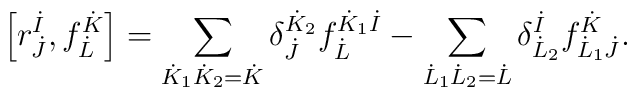
\left[ r^{\dot{I}}_{\dot{J}}, f^{\dot{K}}_{\dot{L}} \right] =    \sum_{\dot{K}_1 \dot{K}_2 = \dot{K}} \delta^{\dot{K}_2}_{\dot{J}} f^{\dot{K}_1 \dot{I}}_{\dot{L}}   - \sum_{\dot{L}_1 \dot{L}_2 = \dot{L}} \delta^{\dot{I}}_{\dot{L}_2} f^{\dot{K}}_{\dot{L}_1 \dot{J}}.